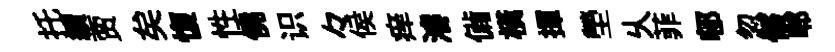
托續贾矣愎性僥识々侯痒濬備横揮塋乆菲邨忽倐郫